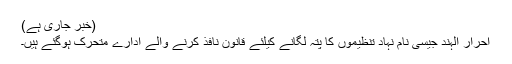
(خبر جاری ہے)
احرار الہند جیسی نام نہاد تنظیموں کا پتہ لگانے کیلئے قانون نافذ کرنے والے ادارے متحرک ہوگئے ہیں۔